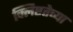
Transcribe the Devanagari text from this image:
क्लिष्टतेच्या